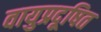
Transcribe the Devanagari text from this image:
वायुप्रदूषित